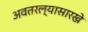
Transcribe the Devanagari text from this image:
अवतरल्यासारखे